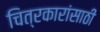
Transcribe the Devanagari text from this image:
चित्रकारांसाठी